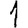
Digit: 1